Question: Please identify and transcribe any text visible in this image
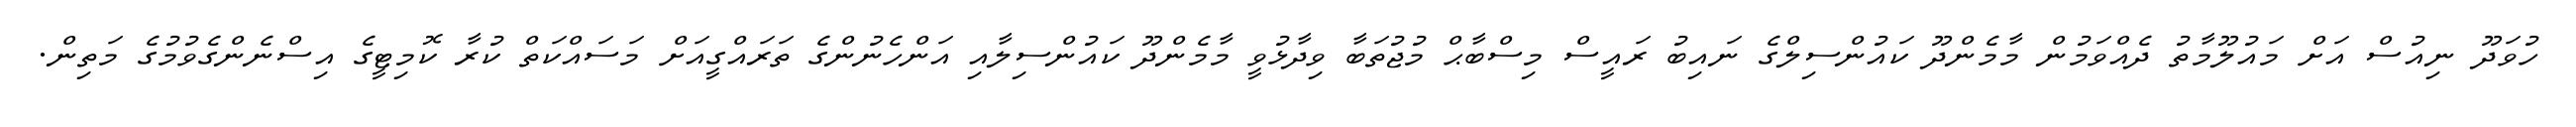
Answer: ހުވަދޫ ނިއުސް އަށް މައުލޫމާތު ދެއްވަމުން މާމެންދޫ ކައުންސިލްގެ ނައިބު ރައީސް މިސްބާޙް މުޖުތަބާ ވިދާޅުވީ މާމެންދޫ ކައުންސިލާއި އަންހެނުންގެ ތަރައްގީއަށް މަސައްކަތް ކުރާ ކޮމިޓީގެ އިސްނެންގެވުމުގެ މަތިން.